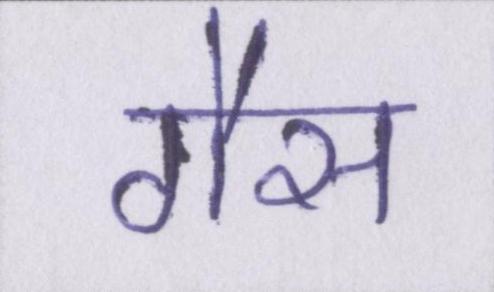
गैस